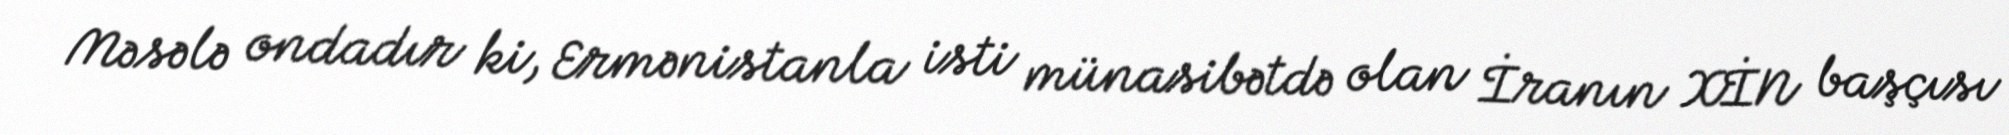
Məsələ ondadır ki, Ermənistanla isti münasibətdə olan İranın XİN başçısı